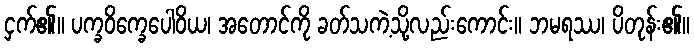
ငှက်၏။ ပက္ခဝိက္ခေပေါဝိယ၊ အတောင်ကို ခတ်သကဲ့သို့လည်းကောင်း။ ဘမရဿ၊ ပိတုန်း၏။